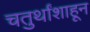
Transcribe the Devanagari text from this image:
चतुर्थांशाहून